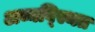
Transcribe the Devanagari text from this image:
अव्यव्स्थित